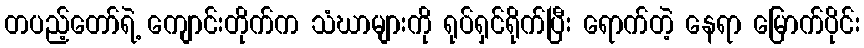
တပည့်တော်ရဲ့ ကျောင်းတိုက်က သံဃာများကို ရုပ်ရှင်ရိုက်ပြီး ရောက်တဲ့ နေရာ မြောက်ပိုင်း